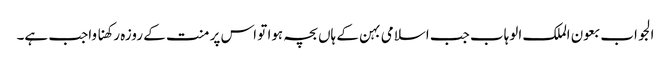
الجواب بعون الملک الوہاب جب اسلامی بہن کے ہاں بچہ ہوا تو اس پر منت کے روزہ رکھنا واجب ہے۔